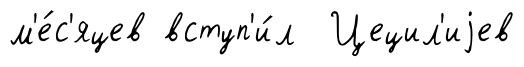
м'е́с'яцев вступ'и́л Цецил'иjев